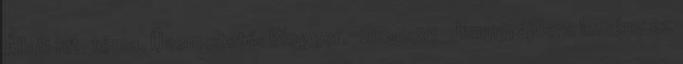
Állati kft. téma. Üzemeltető: Blogger. 21:35:35 Jimmyrájders lemény ez